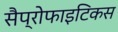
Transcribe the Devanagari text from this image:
सैप्रोफाइटिकस